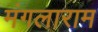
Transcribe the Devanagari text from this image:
मंगलाराम